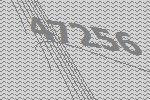
47256